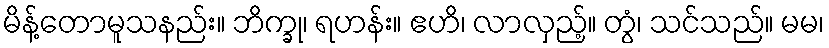
မိန့်တောမူသနည်း။ ဘိက္ခု၊ ရဟန်း။ ဧဟိ၊ လာလှည့်။ တွံ၊ သင်သည်။ မမ၊